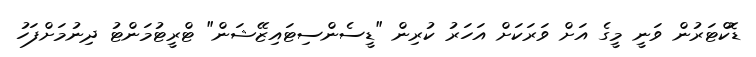
ޑޮކްޓަރުން ވަނީ މީގެ އަށް ވަރަކަށް އަހަރު ކުރިން "ޑީސެންސިޓައިޒޭޝަން" ޓްރީޓުމަންޓު ދިނުމަށްފަހު